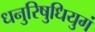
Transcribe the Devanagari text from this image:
धनुरिषुधियुगं